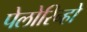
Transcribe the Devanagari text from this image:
पेलोरिन्हो